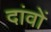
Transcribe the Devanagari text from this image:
दांवों